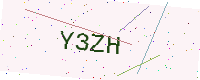
Text: Y3ZH